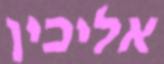
אליכין